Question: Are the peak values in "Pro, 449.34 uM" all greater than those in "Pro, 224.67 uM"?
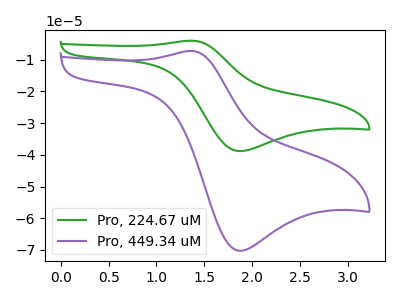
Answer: <think>The green curve "Pro, 224.67 uM" has an anodic peak at (1.35V, -4.00uA) and a cathodic peak at (1.85V, -38.80uA). The purple curve "Pro, 449.34 uM" has an anodic peak at (1.35V, -7.25uA) and a cathodic peak at (1.85V, -70.25uA).</think>
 <answer>The peaks in "Pro, 449.34 uM" are neither all higher or all lower than the peaks in "Pro, 224.67 uM".</answer>
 <eval>mixed</eval>